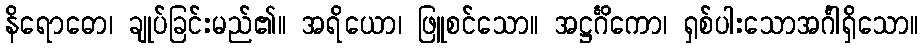
နိရောဓော၊ ချုပ်ခြင်းမည်၏။ အရိယော၊ ဖြူစင်သော။ အဋ္ဌင်္ဂိကော၊ ရှစ်ပါးသောအင်္ဂါရှိသော။